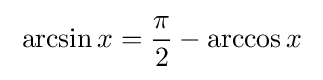
\;\arcsin x={\frac {\pi }{2}}-\arccos x\;